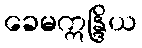
ခေမဣန္ဒြိယ